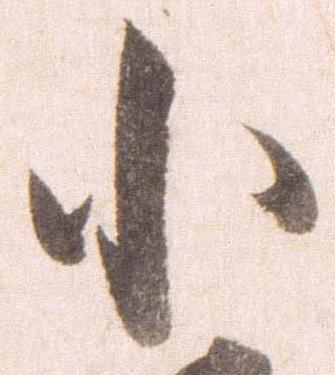
小